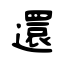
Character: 還